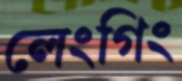
লেংগিং